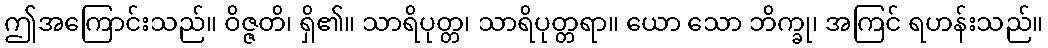
ဤအကြောင်းသည်။ ဝိဇ္ဇတိ၊ ရှိ၏။ သာရိပုတ္တ၊ သာရိပုတ္တရာ။ ယော သော ဘိက္ခု၊ အကြင် ရဟန်းသည်။